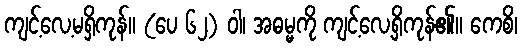
ကျင့်လေ့မရှိကုန်။ (ပေ ၆၂) ဝါ၊ အဓမ္မကို ကျင့်လေ့ရှိကုန်၏။ ကေစိ၊